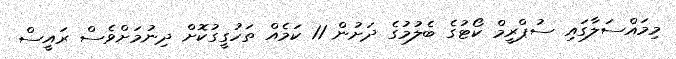
މިމައްސަލާގައި ސުޕްރީމް ކޯޓުގެ ބެލުމުގެ ދަށުން 11 ކަމެއް ތަހުގީގުކޮށް ދިނުމަށްވެސް ރައީސް